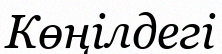
Көңілдегі